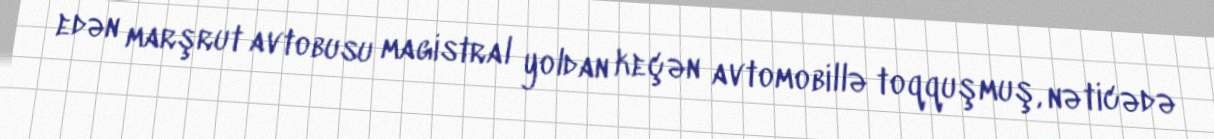
edən marşrut avtobusu magistral yoldan keçən avtomobillə toqquşmuş, nəticədə